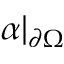
\alpha | _ { \partial \Omega }